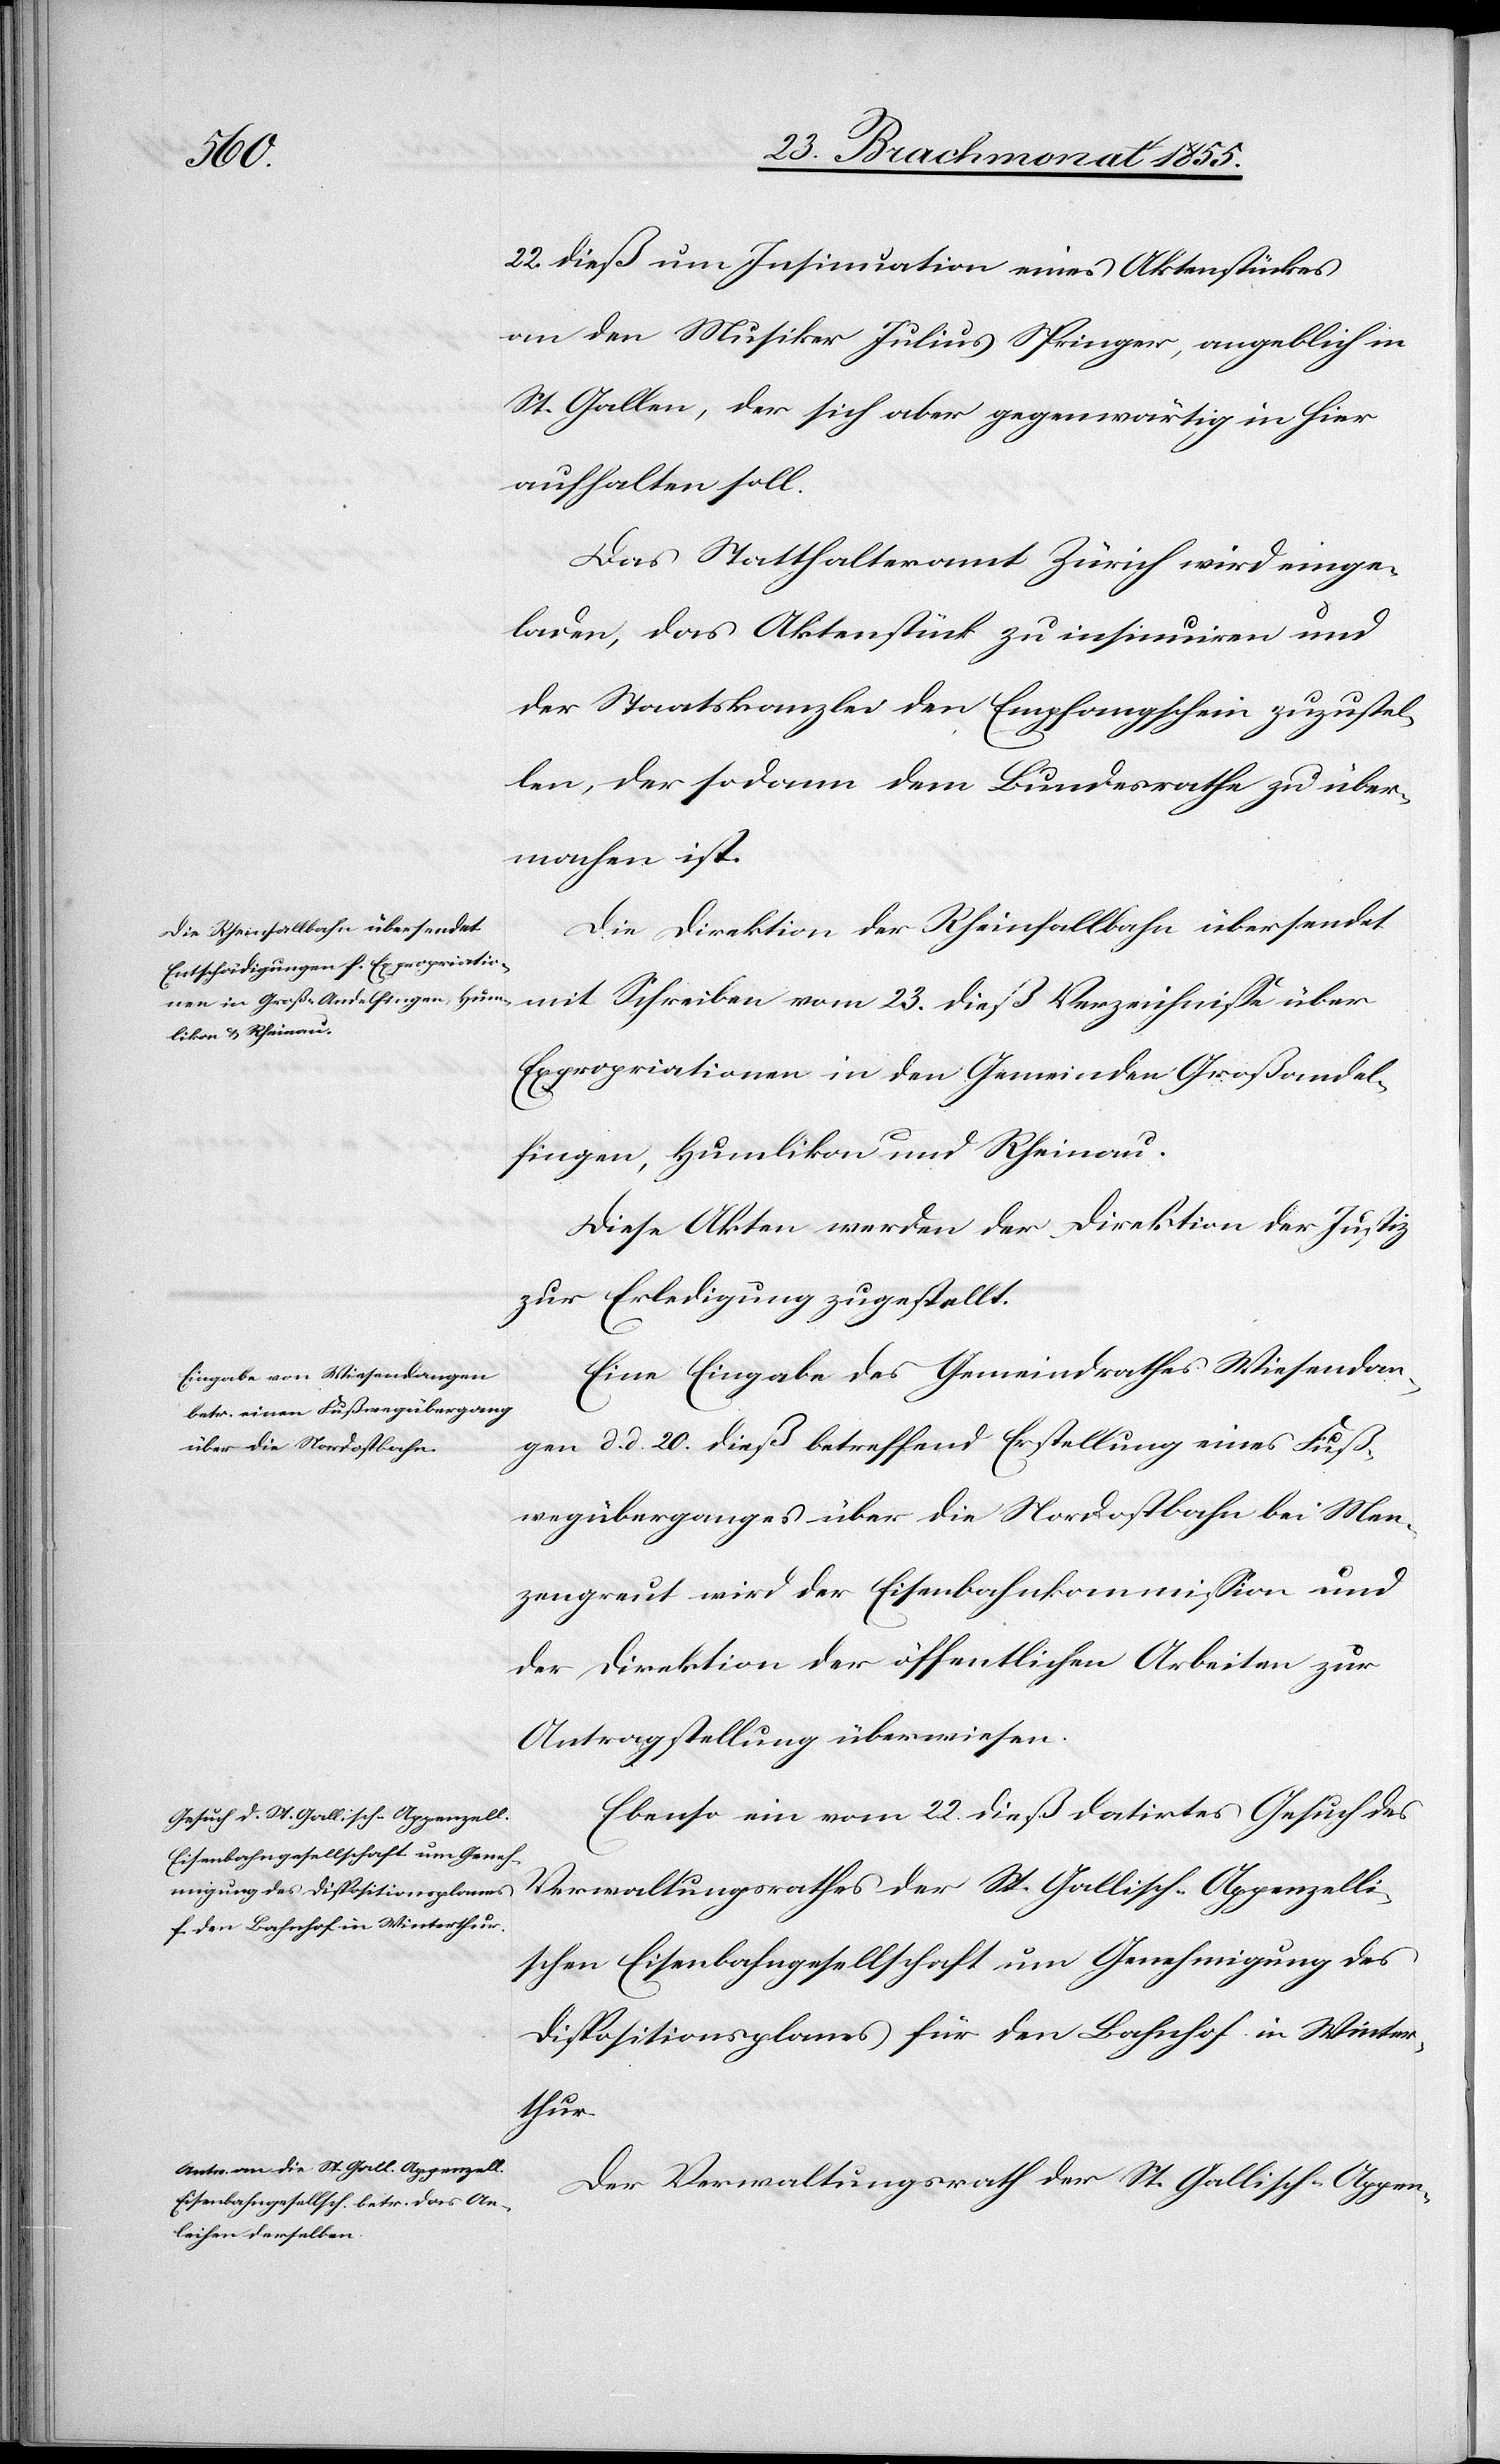
den

25. Brachmonat 1855.]
22. dieß um Insinuation eines Aktenstückes
an den Musiker Julius Springer, angeblich in
St. Gallen, der sich aber gegenwärtig in hier
aufhalten soll.
Das Statthalteramt Zürich wird einge¬
laden, das Aktenstück zu insinuiren und
der Staatskanzlei den Empfangschein zuzustel¬
len, der sodann dem Bundesrathe zu über¬
machen ist.
Die Direktion der Rheinfallbahn übersendet
mit Schreiben vom 23. dieß Verzeichnisse über
Expropriationen in den Gemeinden Großandel¬
fingen, Humlikon und Rheinau.
Diese Akten werden der Direktion der Justiz
zur Erledigung zugestellt.
Eine Eingabe des Gemeindrathes Wiesendan¬
gen d. d. 20. dieß betreffend Erstellung eines Fuß¬
wegüberganges über die Nordostbahn bei Men¬
zengreut wird der Eisenbahnkommission und
der Direktion der öffentlichen Arbeiten zur
Antragstellung überwiesen.
Ebenso ein vom 22. dieß datirtes Gesuch des
Verwaltungsrathes der St. Gallisch-Appenzelli¬
schen Eisenbahngesellschaft um Genehmigung des
Dispositionsplanes für den Bahnhof in Winter¬
thur.
Der Verwaltungsrath der St. Gallisch-Appen-